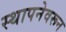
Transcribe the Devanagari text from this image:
स्थापनेवरून